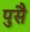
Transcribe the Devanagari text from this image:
पुसै